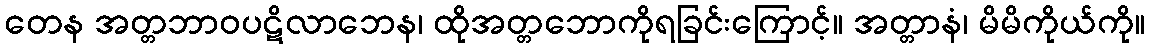
တေန အတ္တဘာဝပဋိလာဘေန၊ ထိုအတ္တဘောကိုရခြင်းကြောင့်။ အတ္တာနံ၊ မိမိကိုယ်ကို။